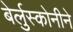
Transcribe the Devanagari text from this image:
बेर्लुस्कोनीने